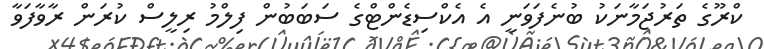
ކްރޫގެ ތަރުޖަމާނަކު ބުނެފަވަނީ އެ އެކްސިޑެންޓްގެ ސަބަބުން ފިލްމު ރިލީސް ކުރަން ރާވާފަވާ